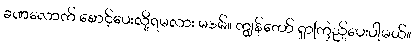
ခဏလောက် စောင့်ပေးလို့ရမလား မဒမ်။ ကျွန်တော် ရှာကြည့်ပေးပါ့မယ်။